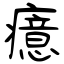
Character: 癔